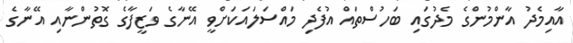
އާއިމެދު އާންމުންގެ މެދުގައި ބަހުސްތައް އުފެދި މައްސަލައަކަށްވީ އޭނާގެ ވަޒީފާގެ ގޮތުންނާއި އޭނާގެ